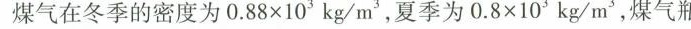
煤气在冬季的密度为0.88×10^{3} kg/m^{3} ，夏季为0.8×10^{3} kg/m^{3} ，煤气瓶